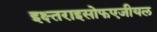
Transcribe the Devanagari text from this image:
इक्ष्तराइसोफएजीयल